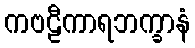
ကဗဠီကာရဘက္ခာနံ